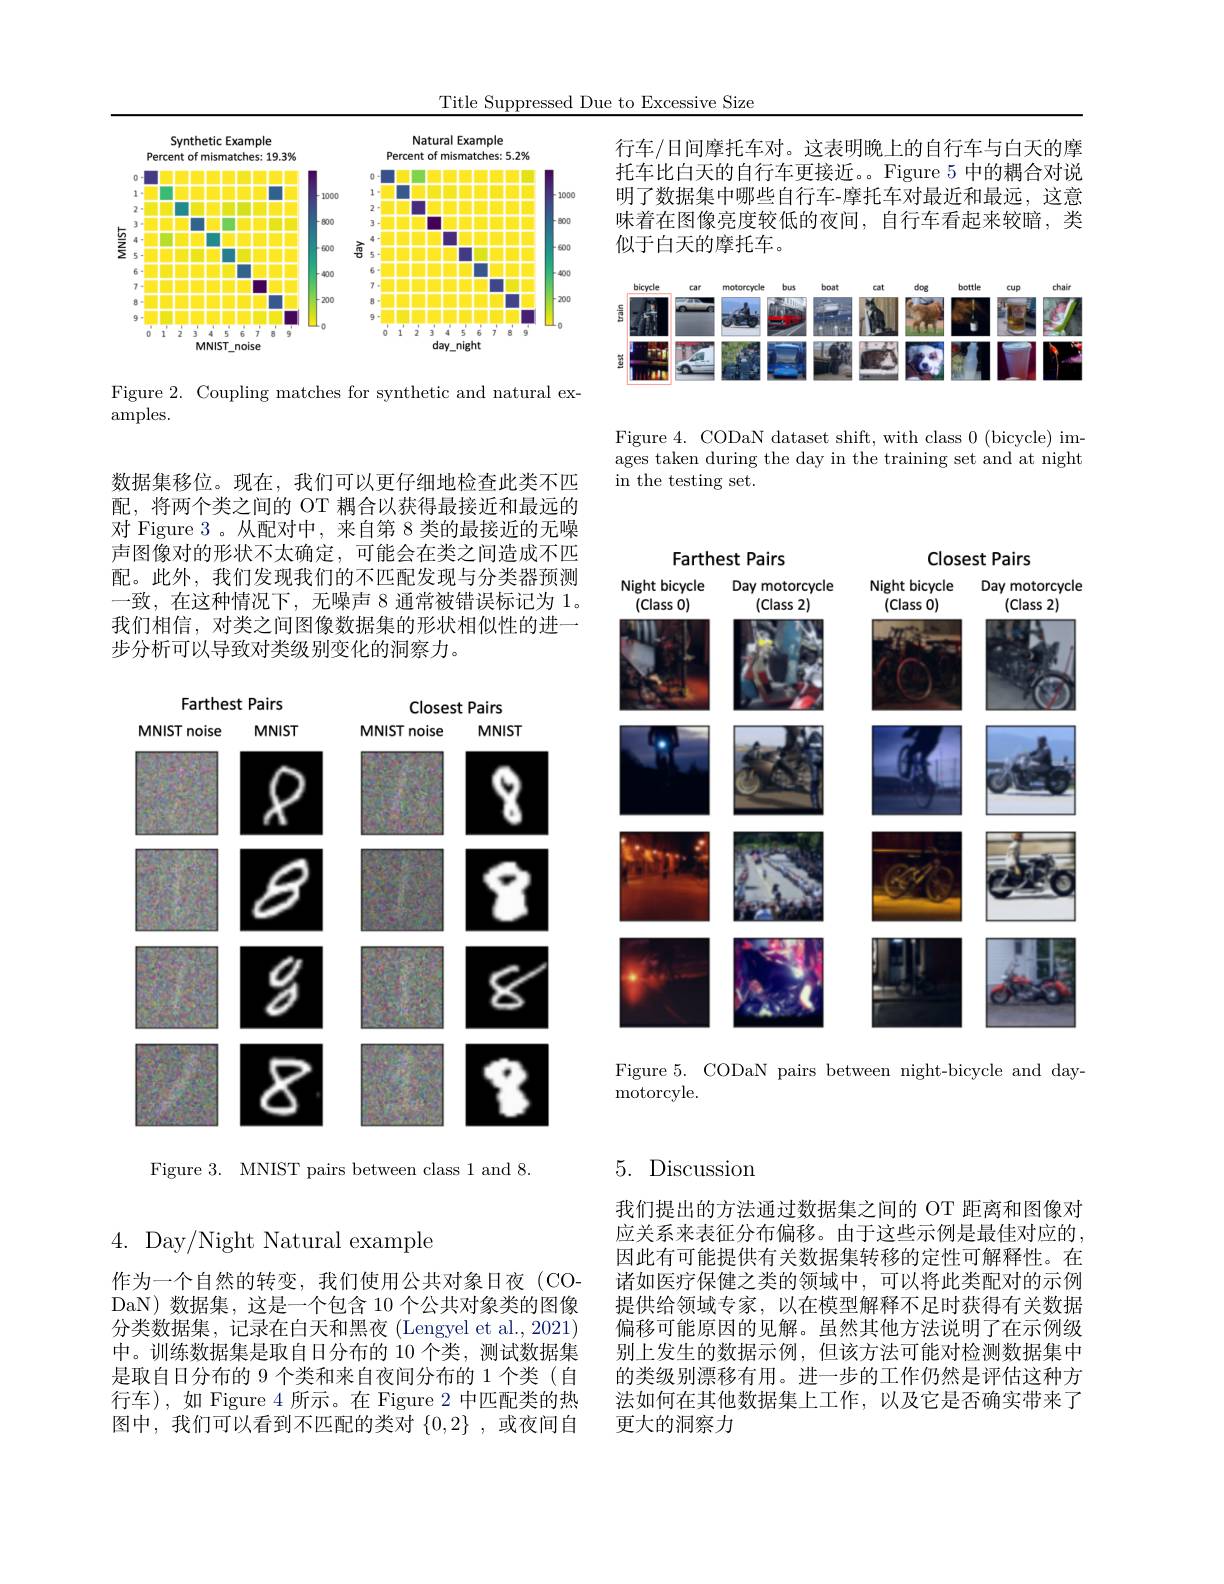
Title Suppressed Due to Excessive Size

行车/日间摩托车对。这表明晚上的自行车与白天的摩托车比白天的自行车更接近。。Figure 5 中的耦合对说明了数据集中哪些自行车-摩托车对最近和最远，这意味着在图像亮度较低的夜间，自行车看起来较暗，类似于白天的摩托车。

<FigureHere>

Figure 4. CODaN dataset shift, with class 0 (bicycle) images taken during the day in the training set and at night in the testing set.

<FigureHere>

Figure 2. Coupling matches for synthetic and natural ex-
$amples.$

数据集移位。现在，我们可以更仔细地检查此类不匹配，将两个类之间的 OT 耦合以获得最接近和最远的对 Figure 3 。从配对中，来自第 8 类的最接近的无噪声图像对的形状不太确定，可能会在类之间造成不匹配。此外，我们发现我们的不匹配发现与分类器预测一致，在这种情况下，无噪声 8 通常被错误标记为 1。我们相信，对类之间图像数据集的形状相似性的进一步分析可以导致对类级别变化的洞察力。

<FigureHere>

Figure 3. MNIST pairs between class 1 and 8.

Farthest Pairs

Closest Pairs
<FigureHere>

Figure 5. CODaN pairs between night-bicycle and day-
motorcyle.

4.Day/Night Natural example

作为一个自然的转变，我们使用公共对象日夜(CODaN) 数据集，这是一个包含 10 个公共对象类的图像分类数据集，记录在白天和黑夜(Lengyel et al.,2021) 中。训练数据集是取自日分布的 10 个类，测试数据集是取自日分布的 9 个类和来自夜间分布的 1 个类 (自行车),如 Figure 4 所示。在 Figure 2 中匹配类的热图中，我们可以看到不匹配的类对$\{0,2\}$ ,或夜间自

# 5. Discussion

我们提出的方法通过数据集之间的 OT 距离和图像对应关系来表征分布偏移。由于这些示例是最佳对应的， 因此有可能提供有关数据集转移的定性可解释性。在诸如医疗保健之类的领域中，可以将此类配对的示例提供给领域专家，以在模型解释不足时获得有关数据偏移可能原因的见解。虽然其他方法说明了在示例级别上发生的数据示例，但该方法可能对检测数据集中的类级别漂移有用。进一步的工作仍然是评估这种方法如何在其他数据集上工作，以及它是否确实带来了更大的洞察力